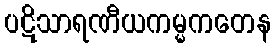
ပဋိသာရဏီယကမ္မကတေန